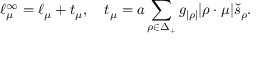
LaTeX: \ell _ { \mu } ^ { \infty } = \ell _ { \mu } + t _ { \mu } , \quad t _ { \mu } = a \sum _ { \rho \in \Delta _ { + } } g _ { | \rho | } | \rho \cdot \mu | \check { s } _ { \rho } .